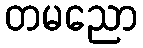
တမညော